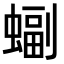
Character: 𫋖